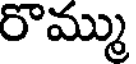
రొమ్ము